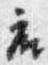
座